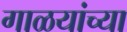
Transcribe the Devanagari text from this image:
गाळयांच्या